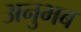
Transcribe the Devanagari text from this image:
अनुभब